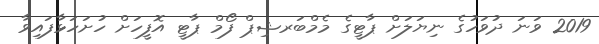
2019 ވަނަ ދުވަހުގެ ނިޔަލަށް ޕާޓީގެ މެމްބަރޝިޕް ފޯމް ޕާޓީ އޮފީހަށް ހުށަހަޅާފައިވާ